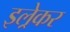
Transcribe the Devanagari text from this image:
इल्रेकर